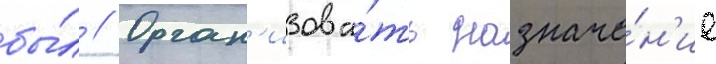
бы́л // Орган'изова́ть назначе́н'ие